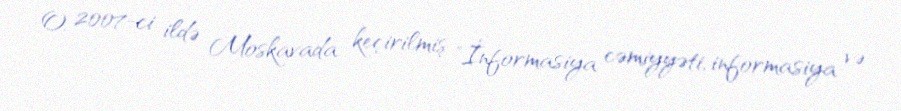
O, 2007-ci ildə Moskavada keçirilmiş "İnformasiya cəmiyyəti, informasiya və